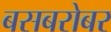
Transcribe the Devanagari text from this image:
बसबरोबर